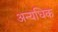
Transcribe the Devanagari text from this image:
अन्यधिक